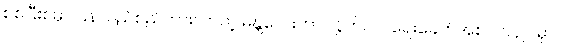
စစ်ပြီးစမှာ ပြန်လည်စည်ကားလာတဲ့ မန္တလေးဟာ လွတ်လပ်ရေးခေတ်အစ ၁၉၄၉ မှာပဲ